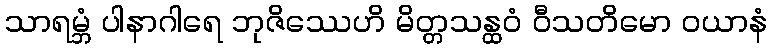
သာရမ္ဘံ ပါနာဂါရေ ဘုဇိဿေဟိ မိတ္တသန္ထဝံ ဝီသတိမော ဝယာနံ